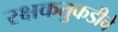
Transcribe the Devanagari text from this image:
रक्षकतुकडीचे